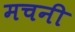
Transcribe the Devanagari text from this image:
मचनी